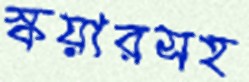
স্কয়ারসহ